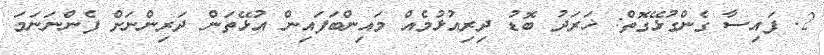
2. ފައިސާ ގެންގުޅޭގޮތް: ޚަރަދު ބޮޑު ދިރިއުޅުމެއް މައިންބަފައިން އުޅޭތަން ދަރިިންނަށް ފެންނަނަމަ